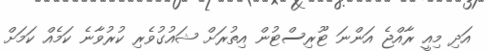
އަދި މިއީ ރާއްޖެ އަންނަ ޓޫރިސްޓުން އިތުރަށް ޝައުގުވެރި ކުރުވާނެ ކަމެއް ކަމަށް